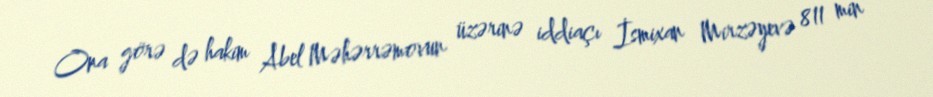
Ona görə də hakim Abel Məhərrəmovun üzərinə iddiaçı İsmixan Mirzəyevə 811 min